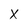
Character: X